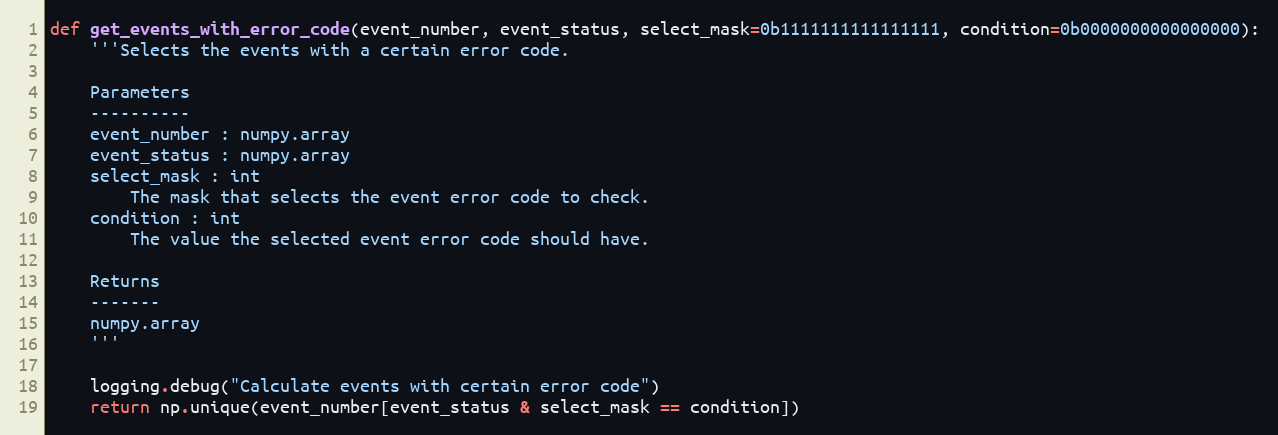
Language: Python
def get_events_with_error_code(event_number, event_status, select_mask=0b1111111111111111, condition=0b0000000000000000):
    '''Selects the events with a certain error code.

    Parameters
    ----------
    event_number : numpy.array
    event_status : numpy.array
    select_mask : int
        The mask that selects the event error code to check.
    condition : int
        The value the selected event error code should have.

    Returns
    -------
    numpy.array
    '''

    logging.debug("Calculate events with certain error code")
    return np.unique(event_number[event_status & select_mask == condition])